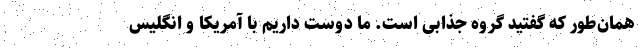
همان‌طور که گفتید گروه جذابی است. ما دوست داریم با آمریکا و انگلیس